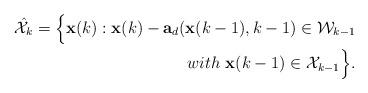
LaTeX: \begin{align*}{\hat{\mathcal{X}}_k}=\Big\{\mathbf{x}(k): \mathbf{x}(k)-\mathbf{a}_d(\mathbf{x}(k-1),k-1) \in \mathcal{W}_{k-1} \\~with~ \mathbf{x}(k-1) \in \mathcal{X}_{k-1}\Big\}.\end{align*}